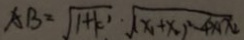
A B = \sqrt { 1 + k ^ { 1 } } \cdot \sqrt { ( x _ { 1 } + x _ { 2 } ) ^ { 2 } - 4 x _ { 1 } x _ { 2 } }